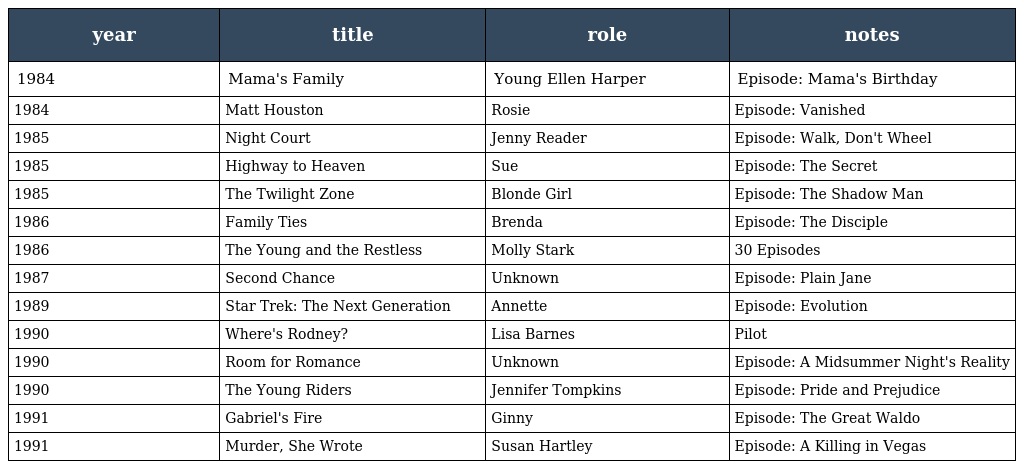
| year | title | role | notes |
 | --- | --- | --- | --- |
 | 1984 | Mama's Family | Young Ellen Harper | Episode: Mama's Birthday |
 | 1984 | Matt Houston | Rosie | Episode: Vanished |
 | 1985 | Night Court | Jenny Reader | Episode: Walk, Don't Wheel |
 | 1985 | Highway to Heaven | Sue | Episode: The Secret |
 | 1985 | The Twilight Zone | Blonde Girl | Episode: The Shadow Man |
 | 1986 | Family Ties | Brenda | Episode: The Disciple |
 | 1986 | The Young and the Restless | Molly Stark | 30 Episodes |
 | 1987 | Second Chance | Unknown | Episode: Plain Jane |
 | 1989 | Star Trek: The Next Generation | Annette | Episode: Evolution |
 | 1990 | Where's Rodney? | Lisa Barnes | Pilot |
 | 1990 | Room for Romance | Unknown | Episode: A Midsummer Night's Reality |
 | 1990 | The Young Riders | Jennifer Tompkins | Episode: Pride and Prejudice |
 | 1991 | Gabriel's Fire | Ginny | Episode: The Great Waldo |
 | 1991 | Murder, She Wrote | Susan Hartley | Episode: A Killing in Vegas |